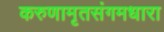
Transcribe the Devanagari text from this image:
करुणामृतसंगमधारा